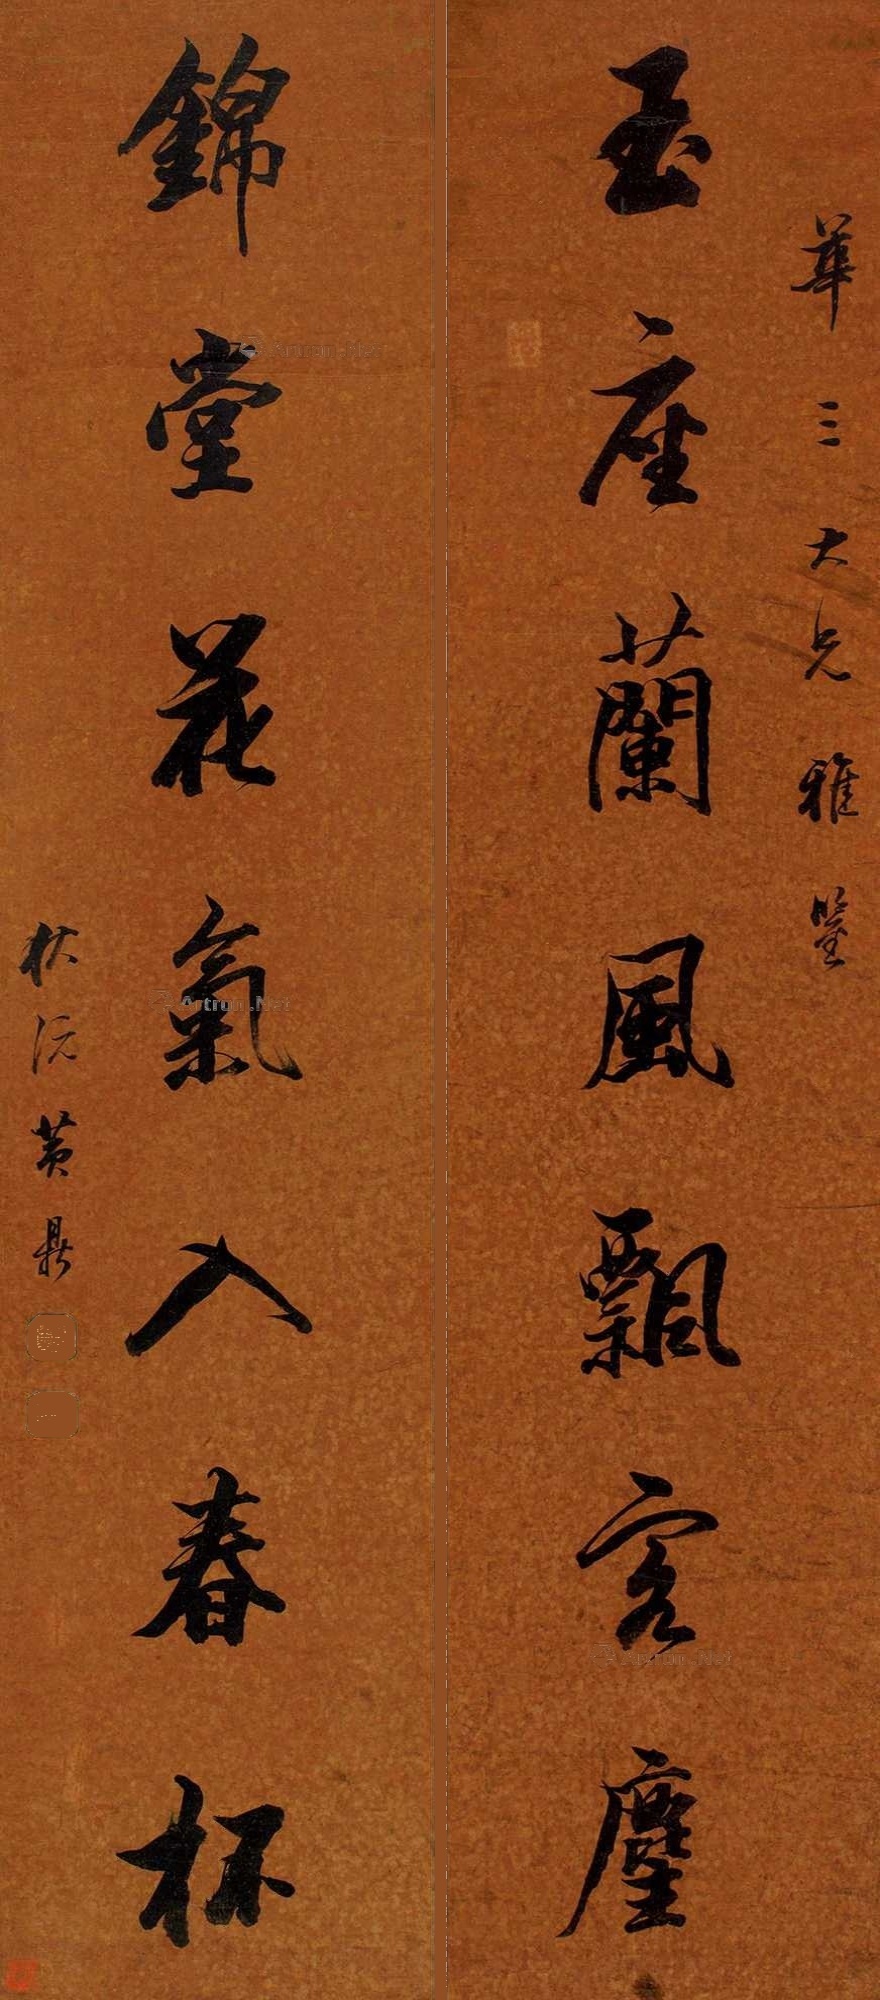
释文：玉座兰风飘客麈；锦堂花气入春杯。华三大兄雅鉴，伏沅黄鼎。